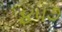
૪૫૭